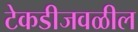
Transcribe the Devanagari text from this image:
टेकडीजवळील